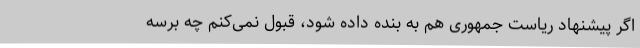
اگر پیشنهاد ریاست جمهوری هم به بنده داده شود، قبول نمی‌کنم چه برسه